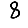
Digit: 8